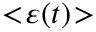
< \! \varepsilon ( t ) \! >